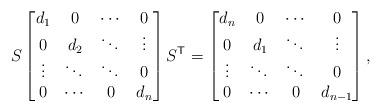
LaTeX: \begin{align*}S\begin{bmatrix}d_1&0&\cdots{}&0\\0&d_2&\ddots{}&\vdots{}\\\vdots{}&\ddots{}&\ddots{}&0\\0&\cdots{}&0&d_n\end{bmatrix}S^\mathsf{T}=\begin{bmatrix}d_n&0&\cdots{}&0\\0&d_1&\ddots{}&\vdots{}\\\vdots{}&\ddots{}&\ddots{}&0\\0&\cdots{}&0&d_{n-1}\end{bmatrix},\end{align*}